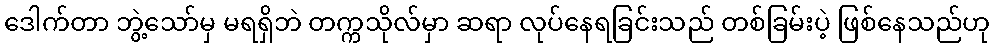
ဒေါက်တာ ဘွဲ့သော်မှ မရရှိဘဲ တက္ကသိုလ်မှာ ဆရာ လုပ်နေရခြင်းသည် တစ်ခြမ်းပဲ့ ဖြစ်နေသည်ဟု